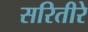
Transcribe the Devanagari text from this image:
सरितीरे